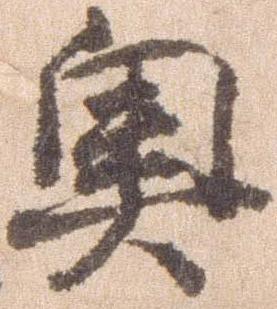
奥